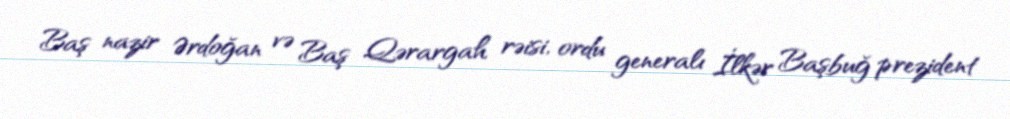
Baş nazir Ərdoğan və Baş Qərargah rəisi, ordu generalı İlkər Başbuğ prezident